Jaan_Tonisson_(Lasteleht), lk 132
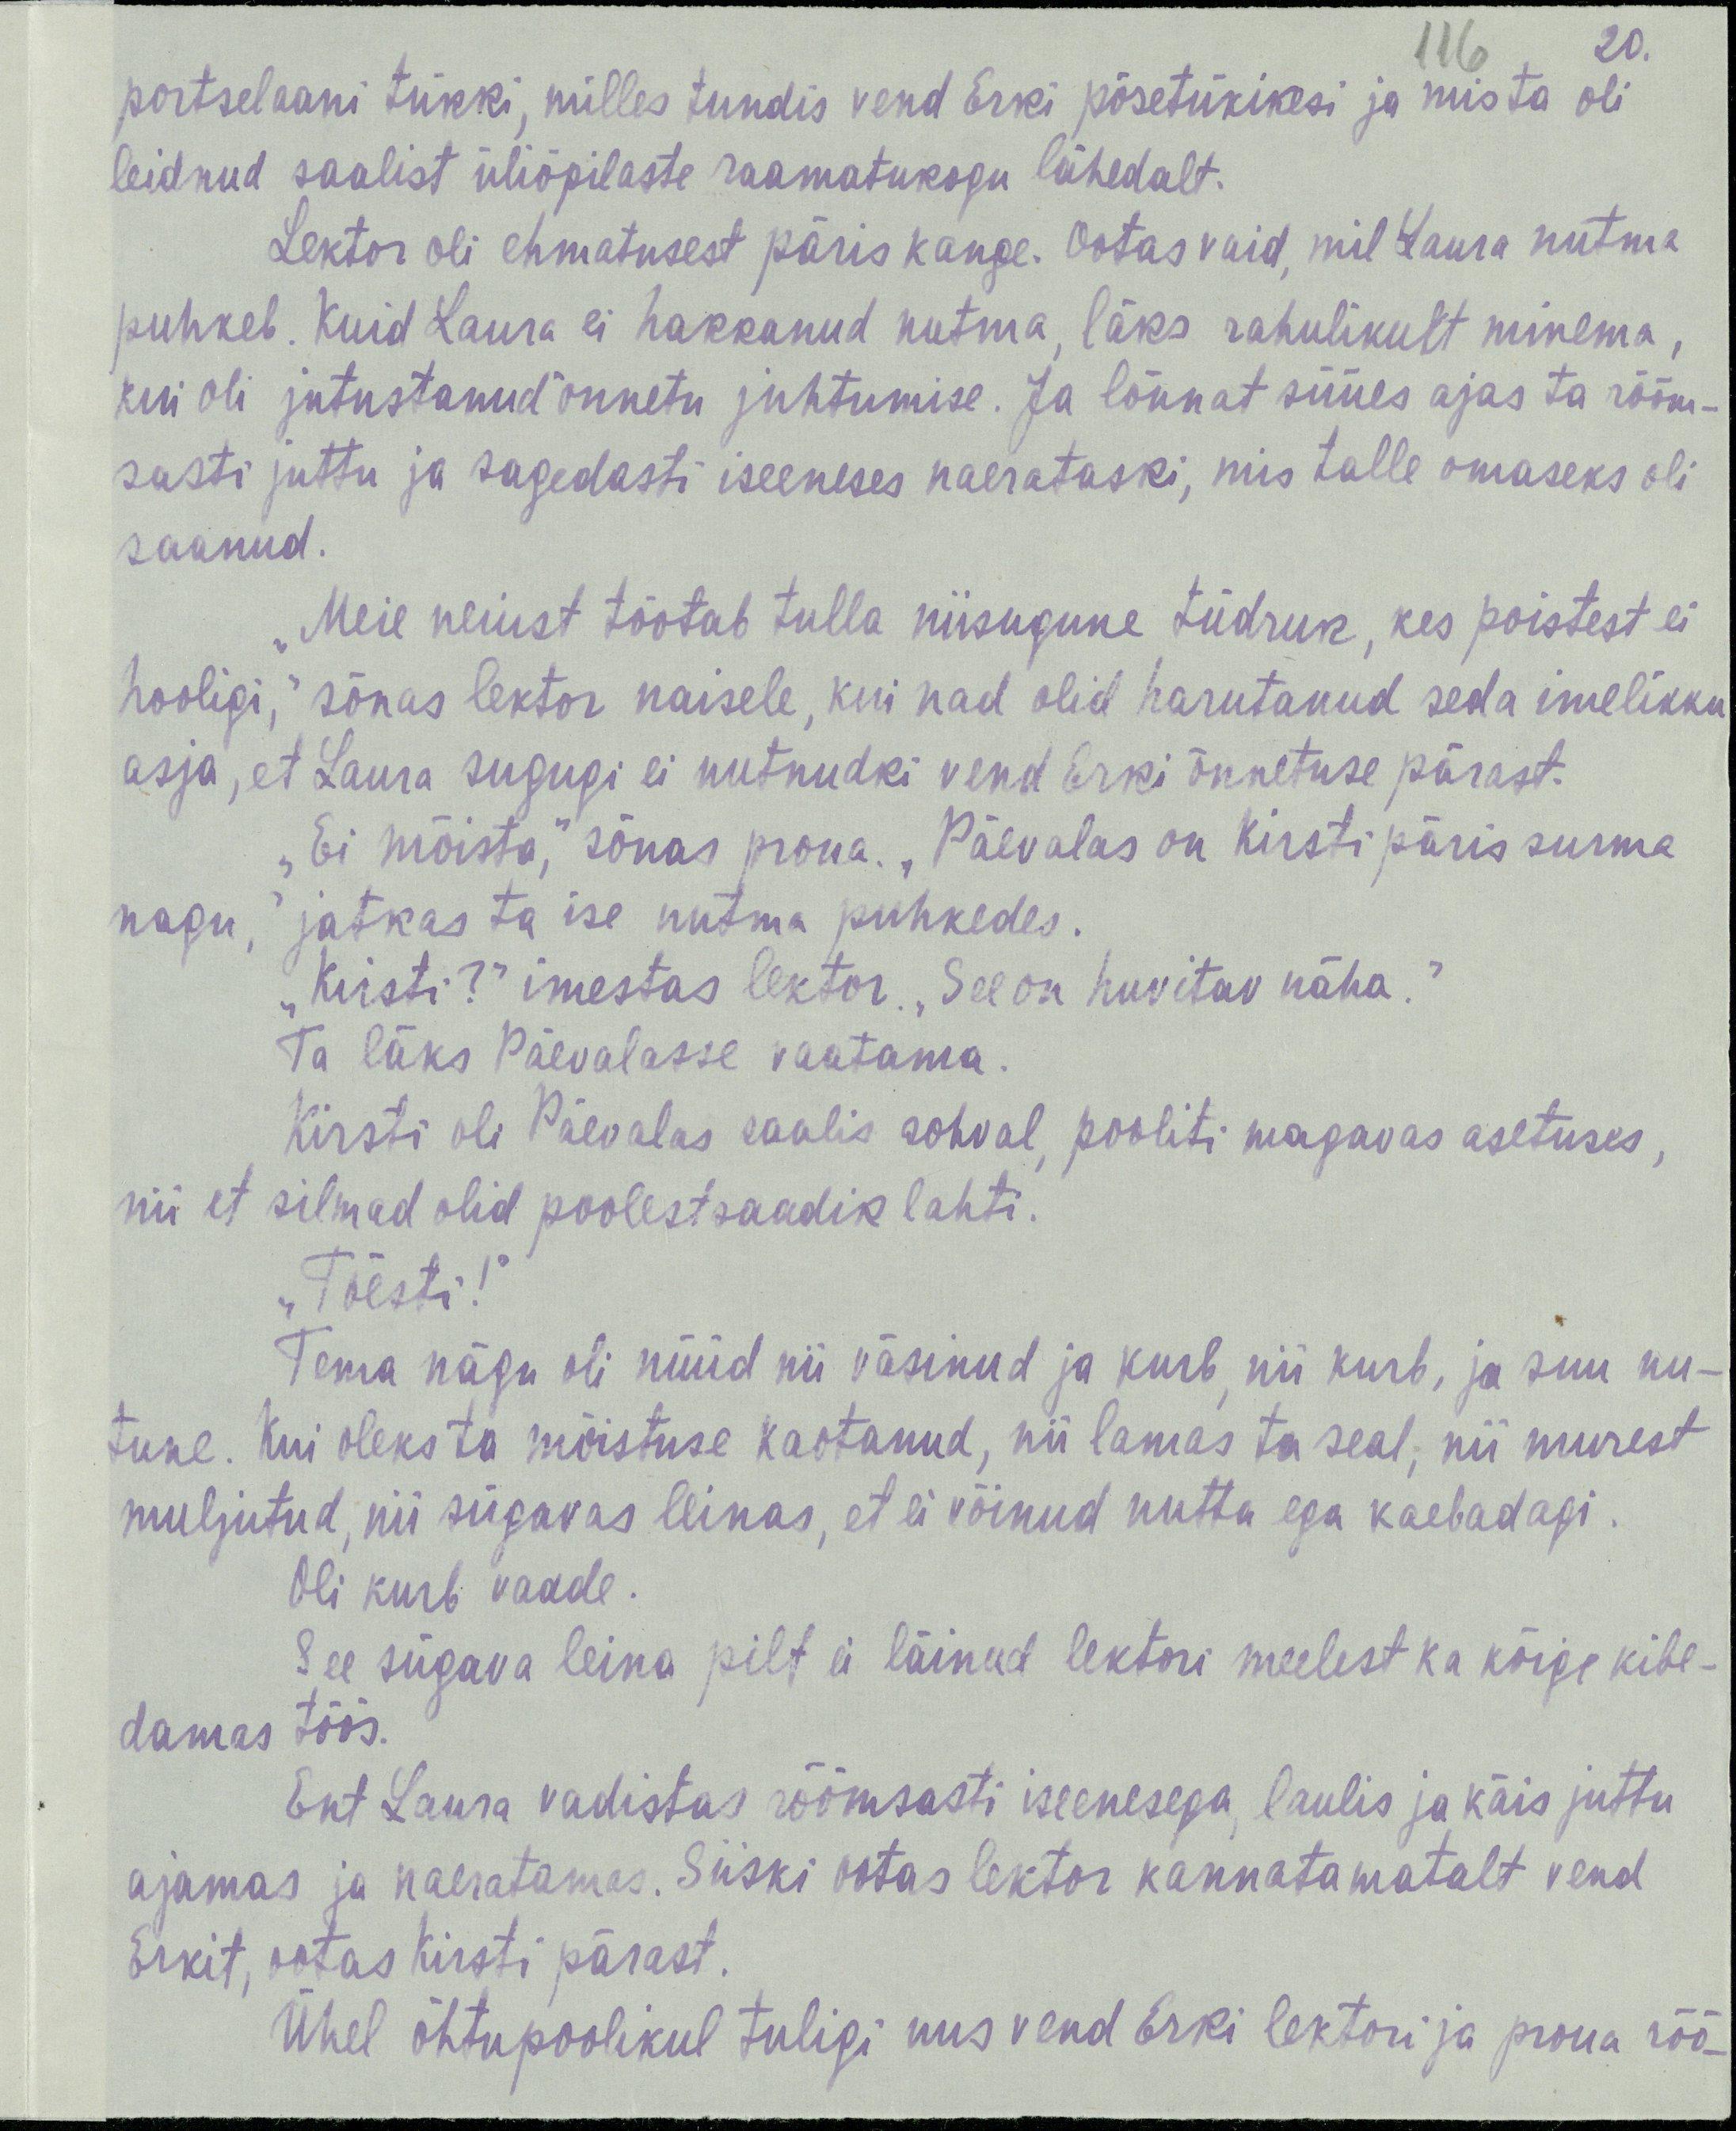
20.
116
portselaani tükki, milles tundis vend Erki põsetükikesi ja mis ta oli
leidnud saalist üliõpilaste raamatukogu lähedalt.
Lektor oli ehmatusest päris kange. Ootas vaid, mil Laura nutma
puhkeb. Kuid Laura ei hakkanud nutma, läks rahulikult minema,
kui oli jutustanud õnnetu juhtumise. Ja lõunat süües ajas ta rõõm-
sasti juttu ja sagedasti iseeneses naerataski, mis talle omaseks oli
saanud.
„Meie neiust tõotab tulla niisugune tüdruk, kes poistest ei
hooligi,“ sõnas lektor naisele, kui nad olid harutanud seda imelikku
asja, et Laura sugugi ei nutnudki vend Erki õnnetuse pärast.
„Ei mõista,“ sõnas proua, „Päevalas on Kirsti päris surma
nagu,“ jatkas ta ise nutma puhkedes.
„Kirsti?“ imestas lektor. „See on huvitav näha.“
Ta läks Päevalasse vaatama.
Kirsti oli Päevalas saalis sohval, pooliti magavas asetuses,
nii et silmad olid poolest saadik lahti.
„Tõesti!“
Tema nägu oli nüüd nii väsinud ja kurb, nii kurb, ja suu nu-
tune. Kui oleks ta mõistuse kaotanud, nii lamas ta seal, nii murest
muljutud, nii sügavas leinas, et ei võinud nutta ega kaebadagi.
Oli kurb vaade.
See sügava leine pilt ei läinud lektori meelest ka kõige kibe-
damas töös.
Ent Laura vadistas rõõmsasti iseendaga, laulis ja käis juttu
ajamas ja naeratamas. Siiski ootas lektor kannatamatalt vend
Erkit, ootas Kirsti pärast.
Ühel õhtupoolikul tuligi uus vend Erki lektori ja proua rõõ-